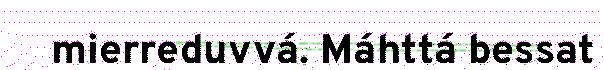
mierreduvvá. Máhttá bessat